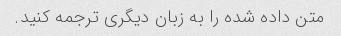
متن داده شده را به زبان دیگری ترجمه کنید.